Annual report on the working of the lock hospitals in the North-Western Provinces and Oudh
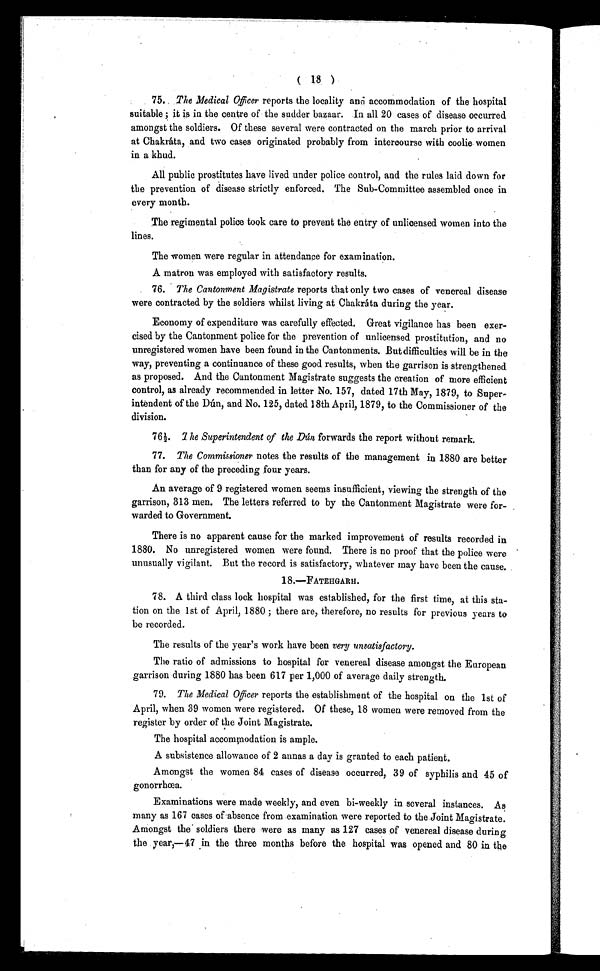
( 18 )
75. The Medical Officer reports the locality and accommodation of the hospital
suitable ; it is in the centre of the rudder bazaar. In all 20 cases of disease occurred
amongst the soldiers. Of these several were contracted on the march prior to arrival
at Chakráta, and two cases originated probably from intercourse with coolie women
in a khud.
All public prostitutes have lived under police control, and the rules laid down for
the prevention of disease strictly enforced. The Sub-Committee assembled once in
every month.
The regimental police took care to prevent the entry of unlicensed women into the
lines.
The women were regular in attendance for examination.
A matron was employed with satisfactory results.
76. The Cantonment Magistrate reports that only two cases of venereal disease
were contracted by the soldiers whilst living at Chakráta during the year.
Economy of expenditure was carefully effected. Great vigilance has been exer-
cised by the Cantonment police for the prevention of unlicensed prostitution, and no
unregistered women have been found in the Cantonments. But difficulties will be in the
way, preventing a continuance of these good results, when the garrison is strengthened
as proposed. And the Cantonment Magistrate suggests the creation of more efficient
control, as already recommended in letter No. 157, dated 17th May, 1879, to Super
-intendent of the Dún, and No. 125, dated 18th April, 1879, to the Commissioner of the
division.
76½. The Superintendent of the Dún forwards the report without remark.
77. The Commissioner notes the results of the management in 1880 are better
than for any of the preceding four years.
An average of 9 registered women seems insufficient, viewing the strength of the
garrison, 313 men. The letters referred to by the Cantonment Magistrate were for-
warded to Government.
There is no apparent cause for the marked improvement of results recorded in
1880. No unregistered women were found. There is no proof that the police were
unusually vigilant. But the record is satisfactory, whatever may have been the cause.
18.-FATEHGARH.
78. A third class lock hospital was established, for the first time, at this sta-
tion on the 1st of April, 1880 ; there are, therefore, no results for previous years to
be recorded.
The results of the year's work have been very unsatisfactory.
The ratio of admissions to hospital for venereal disease amongst the European
garrison during 1880 has been 617 per 1,000 of average daily strength.
79. The Medical Officer reports the establishment of the hospital on the 1st of
April, when 39 women were registered. Of these, 18 women were removed from the
register by order of the Joint Magistrate.
The hospital accommodation is ample.
A subsistence allowance of 2 annas a day is granted to each patient.
Amongst the women 84 cases of disease occurred, 39 of syphilis and 45 of
gonorrhœa.
Examinations were made weekly, and even bi-weekly in several instances. As
many as 167 cases of absence from examination were reported to the. Joint Magistrate.
Amongst the soldiers there were as many as 127 cases of venereal disease during
the year,—47 in the three months before the hospital was opened and 80 in the